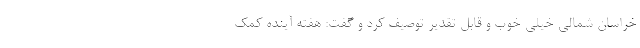
خراسان شمالی خیلی خوب و قابل تقدیر توصیف کرد و گفت: هفته آینده کمک